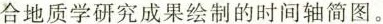
合地质学研究成果绘制的时间轴简图。